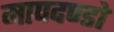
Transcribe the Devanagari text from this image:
मापदण्डो